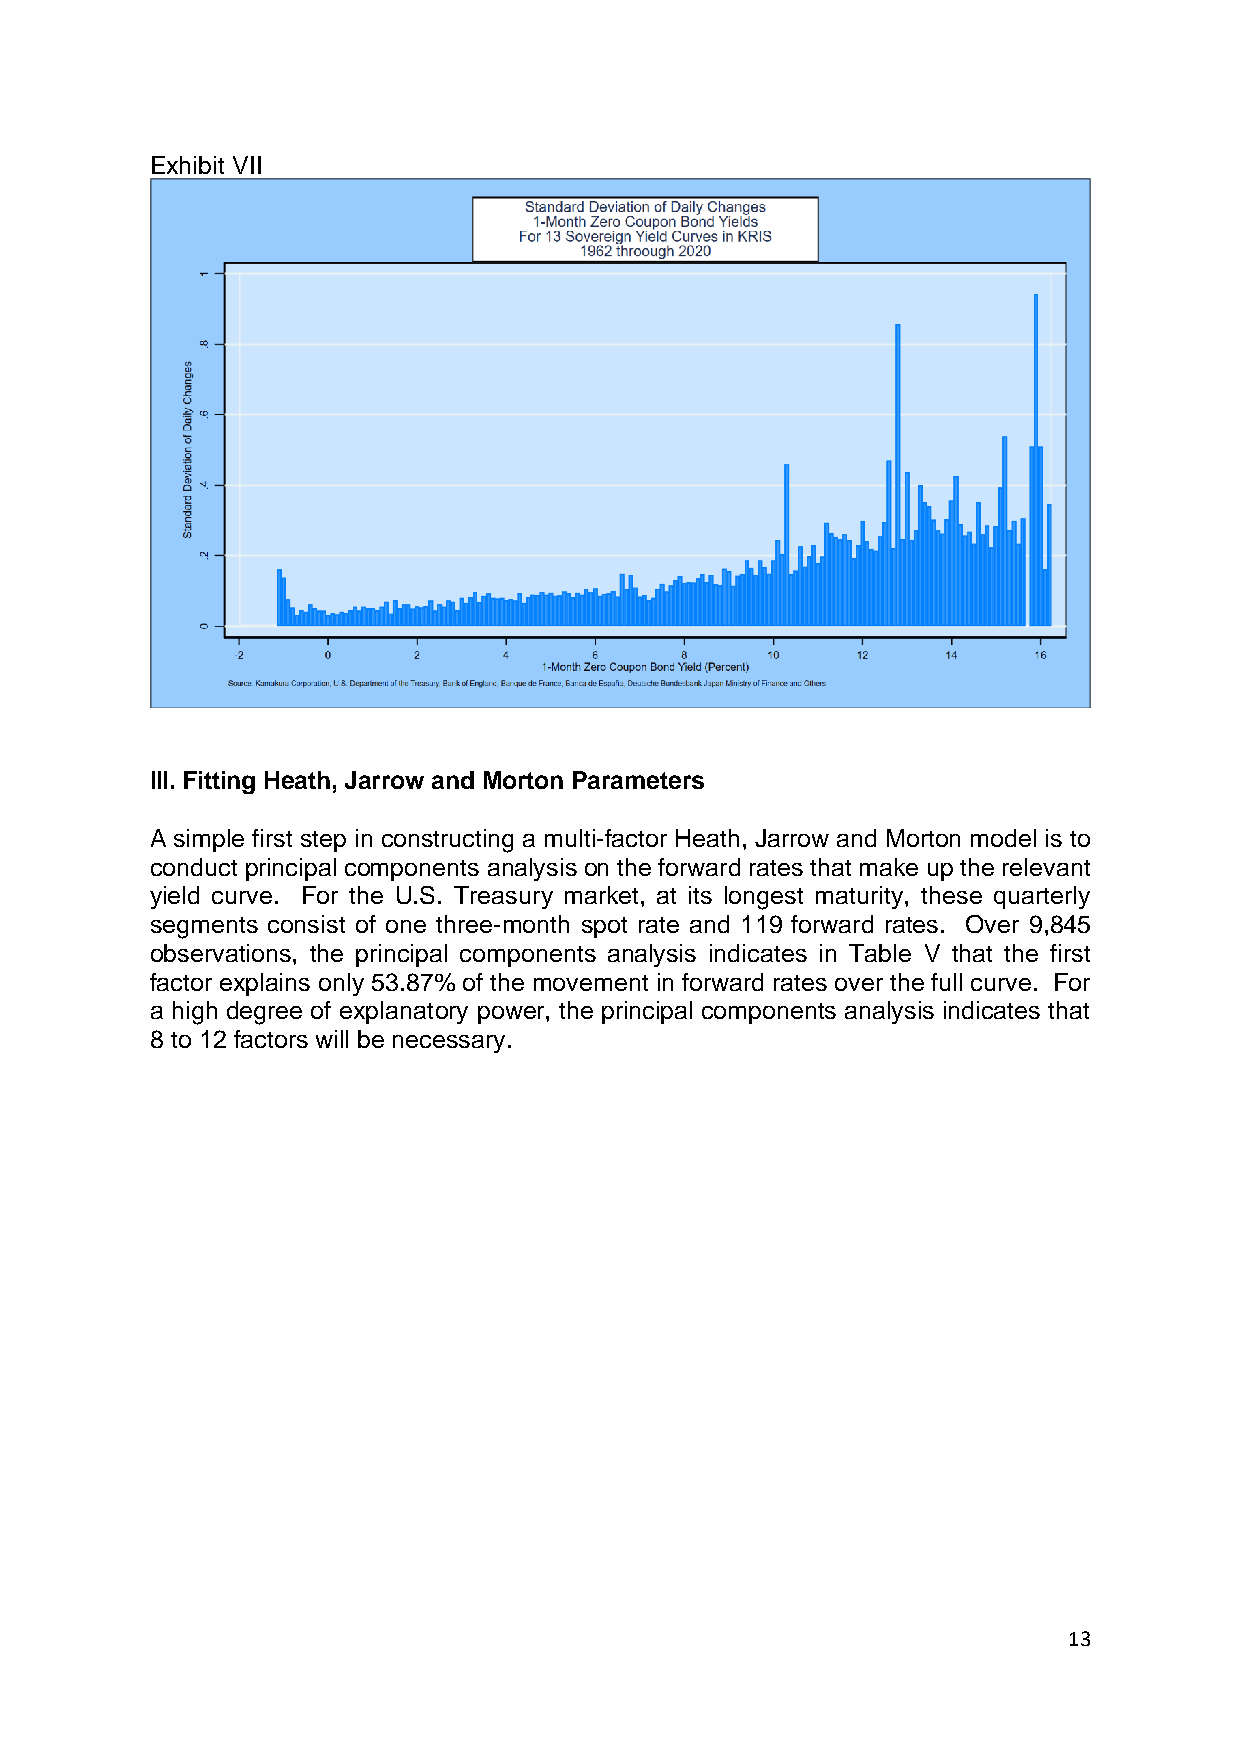
Exhibit VII
 III. Fitting Heath, Jarrow and Morton Parameters
 A simple first step in constructing a multi-factor Heath, Jarrow and Morton model is to
 conduct principal components analysis on the forward rates that make up the relevant
 yield curve. For the U.S. Treasury market, at its longest maturity, these quarterly
 segments consist of one three-month spot rate and 119 forward rates. Over 9,845
 observations, the principal components analysis indicates in Table V that the first
 factor explains only 53.87% of the movement in forward rates over the full curve. For
 a high degree of explanatory power, the principal components analysis indicates that
 8 to 12 factors will be necessary.
 13